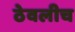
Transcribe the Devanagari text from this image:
ठेवलीच